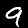
Label: 9